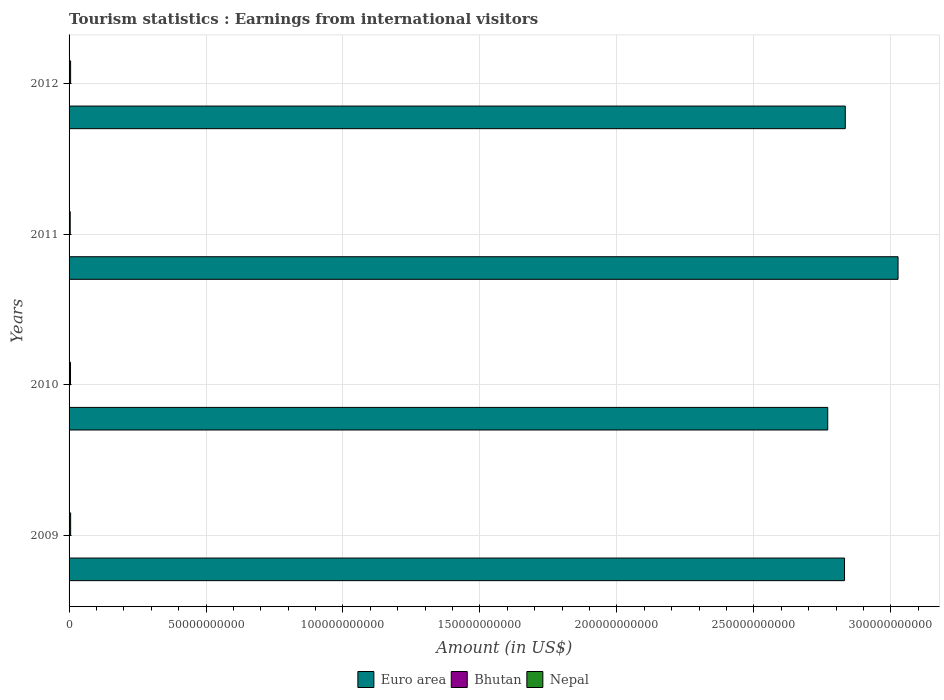
| Years | Euro area | Bhutan | Nepal |
 | --- | --- | --- | --- |
 | 2009 | 2.83e+11 | 3.4e+07 | 5.72e+08 |
 | 2010 | 2.77e+11 | 4.3e+07 | 5.28e+08 |
 | 2011 | 3.03e+11 | 5.8e+07 | 4.2e+08 |
 | 2012 | 2.83e+11 | 7e+07 | 5.62e+08 |